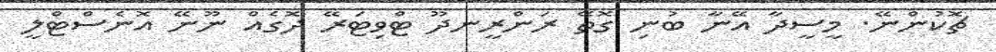
ޗޮކުންނޭ. މީސީދާ އޭނާ ބުނި ގޮތޭ ރަންރީނދޫ ޓްވިޓަރޭ ދޮގެއް ނޫނޭ އޮނެސްޓްލީ